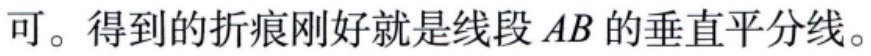
可。得到的折痕刚好就是线段 \(AB\) 的垂直平分线。